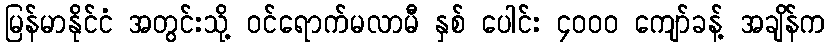
မြန်မာနိုင်ငံ အတွင်းသို့ ဝင်ရောက်မလာမီ နှစ် ပေါင်း ၄၀၀၀ ကျော်ခန့် အချိန်က